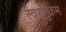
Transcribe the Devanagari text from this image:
स्वरानुक्रम